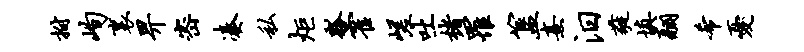
拊峋里畀密凑私炬瓢霍嵯吐楮罹簋熹汨蕤填翮希忧